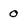
Character: 0